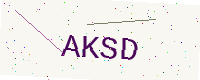
Text: AKSD